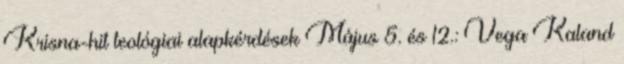
Krisna-hit teológiai alapkérdések Május 5. és 12.: Vega Kaland